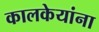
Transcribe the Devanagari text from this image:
कालकेयांना